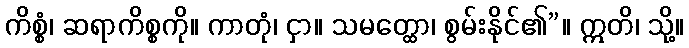
ကိစ္စံ၊ ဆရာကိစ္စကို။ ကာတုံ၊ ငှာ။ သမတ္ထော၊ စွမ်းနိုင်၏”။ ဣတိ၊ သို့။